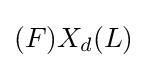
(F)X_{d}(L)